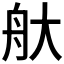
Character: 𦨐